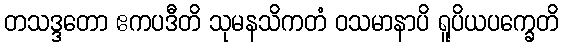
တသဒ္ဒတော ဧကပဒီတိ သုမနသိကတံ ဝသမာနာပိ ရူပိယပက္ခေတိ